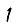
Digit: 1